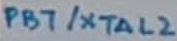
Text: PB7/XTAL2